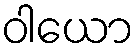
ဝါယော